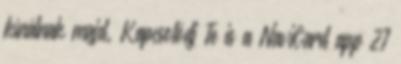
kínálnak majd. Kapcsolódj Te is a NaviCard app 27